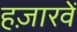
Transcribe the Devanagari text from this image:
हज़ारवें